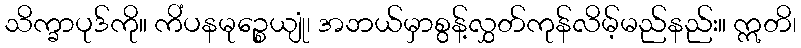
သိက္ခာပုဒ်ကို။ ကိံပနမုဉ္စေယျုံ၊ အဘယ်မှာစွန့်လွှတ်ကုန်လိမ့်မည်နည်း။ ဣတိ၊